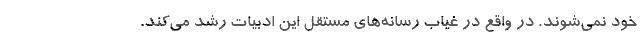
خود نمی‌شوند. در واقع در غیاب رسانه‌های مستقل این ادبیات رشد می‌کند.